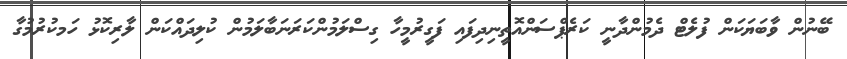
ބޭނުން ވާބަޔަކަން ފުލެޓް ދެމުންދާނީ ކަރެޕްސަންއޮތީނިދިފައި ފަގީރުމީހާ ގިސްލަމުންކަރަނަބާލަމުން ކުލިދައްކަން ލާރިކޮޅު ހަމކުރުމުގާ